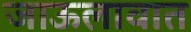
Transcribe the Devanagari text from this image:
जाऊलावात